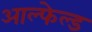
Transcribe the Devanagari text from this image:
आल्फेल्ड